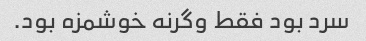
سرد بود فقط وگرنه خوشمزه بود.